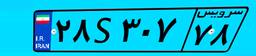
۲۸S۳۰۷۷۸